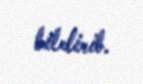
bildirib.